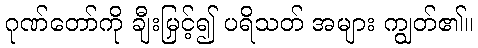
ဂုဏ်တော်ကို ချီးမြှင့်၍ ပရိသတ် အများ ကျွတ်၏။